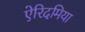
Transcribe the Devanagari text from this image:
ऐरिदमिया